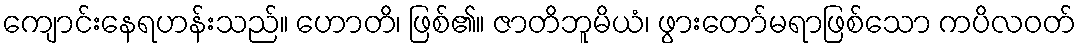
ကျောင်းနေရဟန်းသည်။ ဟောတိ၊ ဖြစ်၏။ ဇာတိဘူမိယံ၊ ဖွားတော်မရာဖြစ်သော ကပိလဝတ်